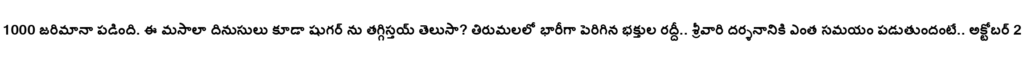
1000 జరిమానా పడింది. ఈ మసాలా దినుసులు కూడా షుగర్ ను తగ్గిస్తయ్ తెలుసా? తిరుమలలో భారీగా పెరిగిన భక్తుల రద్దీ.. శ్రీవారి దర్శనానికి ఎంత సమయం పడుతుందంటే.. అక్టోబర్ 2